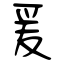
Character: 爰